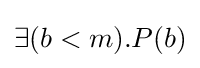
\exists (b<m).P(b)